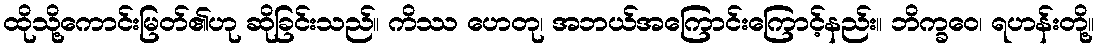
ထိုသို့ကောင်းမြတ်၏ဟု ဆိုခြင်းသည်။ ကိဿ ဟေတု၊ အဘယ်အကြောင်းကြောင့်နည်း။ ဘိက္ခဝေ၊ ရဟန်းတို့။